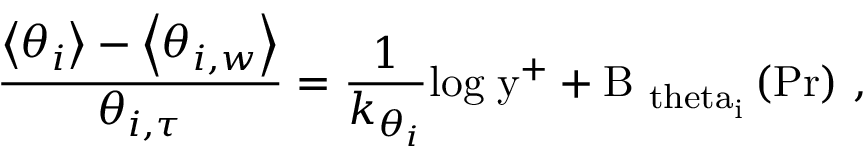
\frac { \left< \theta _ { i } \right> - \left< \theta _ { i , w } \right> } { \theta _ { i , \tau } } = \frac { 1 } { k _ { \theta _ { i } } } \mathrm { { l o g } \; y ^ { + } + B _ { \ t h e t a _ { i } } \left( P r \right) \, , }